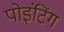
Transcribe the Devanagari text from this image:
पोइंटिंग